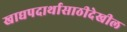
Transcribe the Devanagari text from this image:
खाद्यपदार्थासाठीदेखील